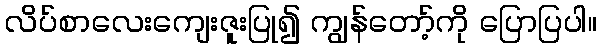
လိပ်စာလေးကျေးဇူးပြု၍ ကျွန်တော့်ကို ပြောပြပါ။